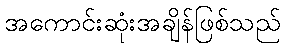
အကောင်းဆုံးအချိန်ဖြစ်သည်